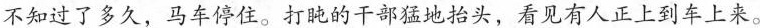
不知过了多久，马车停住。打盹的干部猛地抬头，看见有人正上到车上来。